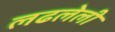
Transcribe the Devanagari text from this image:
लढलेली